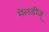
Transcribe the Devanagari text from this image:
मेलडीज्